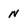
Character: n